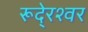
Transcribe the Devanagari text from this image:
रूदे्रश्वर